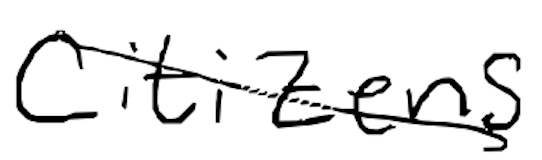
Text: Citizens
Cross-out: diagonal
Writing tool: digital_black